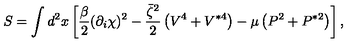
S = \int d ^ { 2 } x \left[ \frac \beta 2 ( \partial _ { i } \chi ) ^ { 2 } - { \frac { \bar { \zeta } ^ { 2 } } { 2 } } \left( V ^ { 4 } + V ^ { * 4 } \right) - \mu \left( P ^ { 2 } + P ^ { * 2 } \right) \right] ,